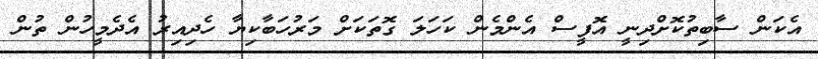
އެކަން ސާބިތުކޮށްދިނީ އޮފީސް އެންމެން ކަހަލަ ގޮތަކަށް މަރުހަބާކިޔާ ހެދިއިރު އެދެމީހުން ތުން